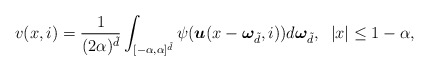
\begin{align*} v(x,i) = \frac{1}{(2\alpha)^{\tilde{d}}}\int_{[-\alpha,\alpha]^{\tilde{d}}}\psi(\boldsymbol{u}(x-\boldsymbol{\omega}_{\tilde{d}},i))d\boldsymbol{\omega}_{\tilde{d}}, \;\; |x|\leq1-\alpha,\end{align*}